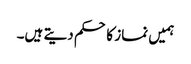
ہمیں نماز کا حکم دیتے ہیں۔